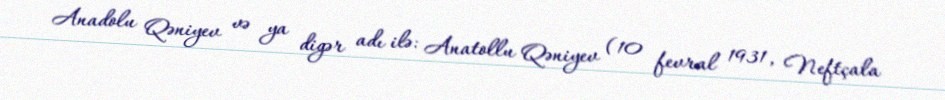
Anadolu Qəniyev və ya digər adı ilə: Anatollu Qəniyev (10 fevral 1931, Neftçala